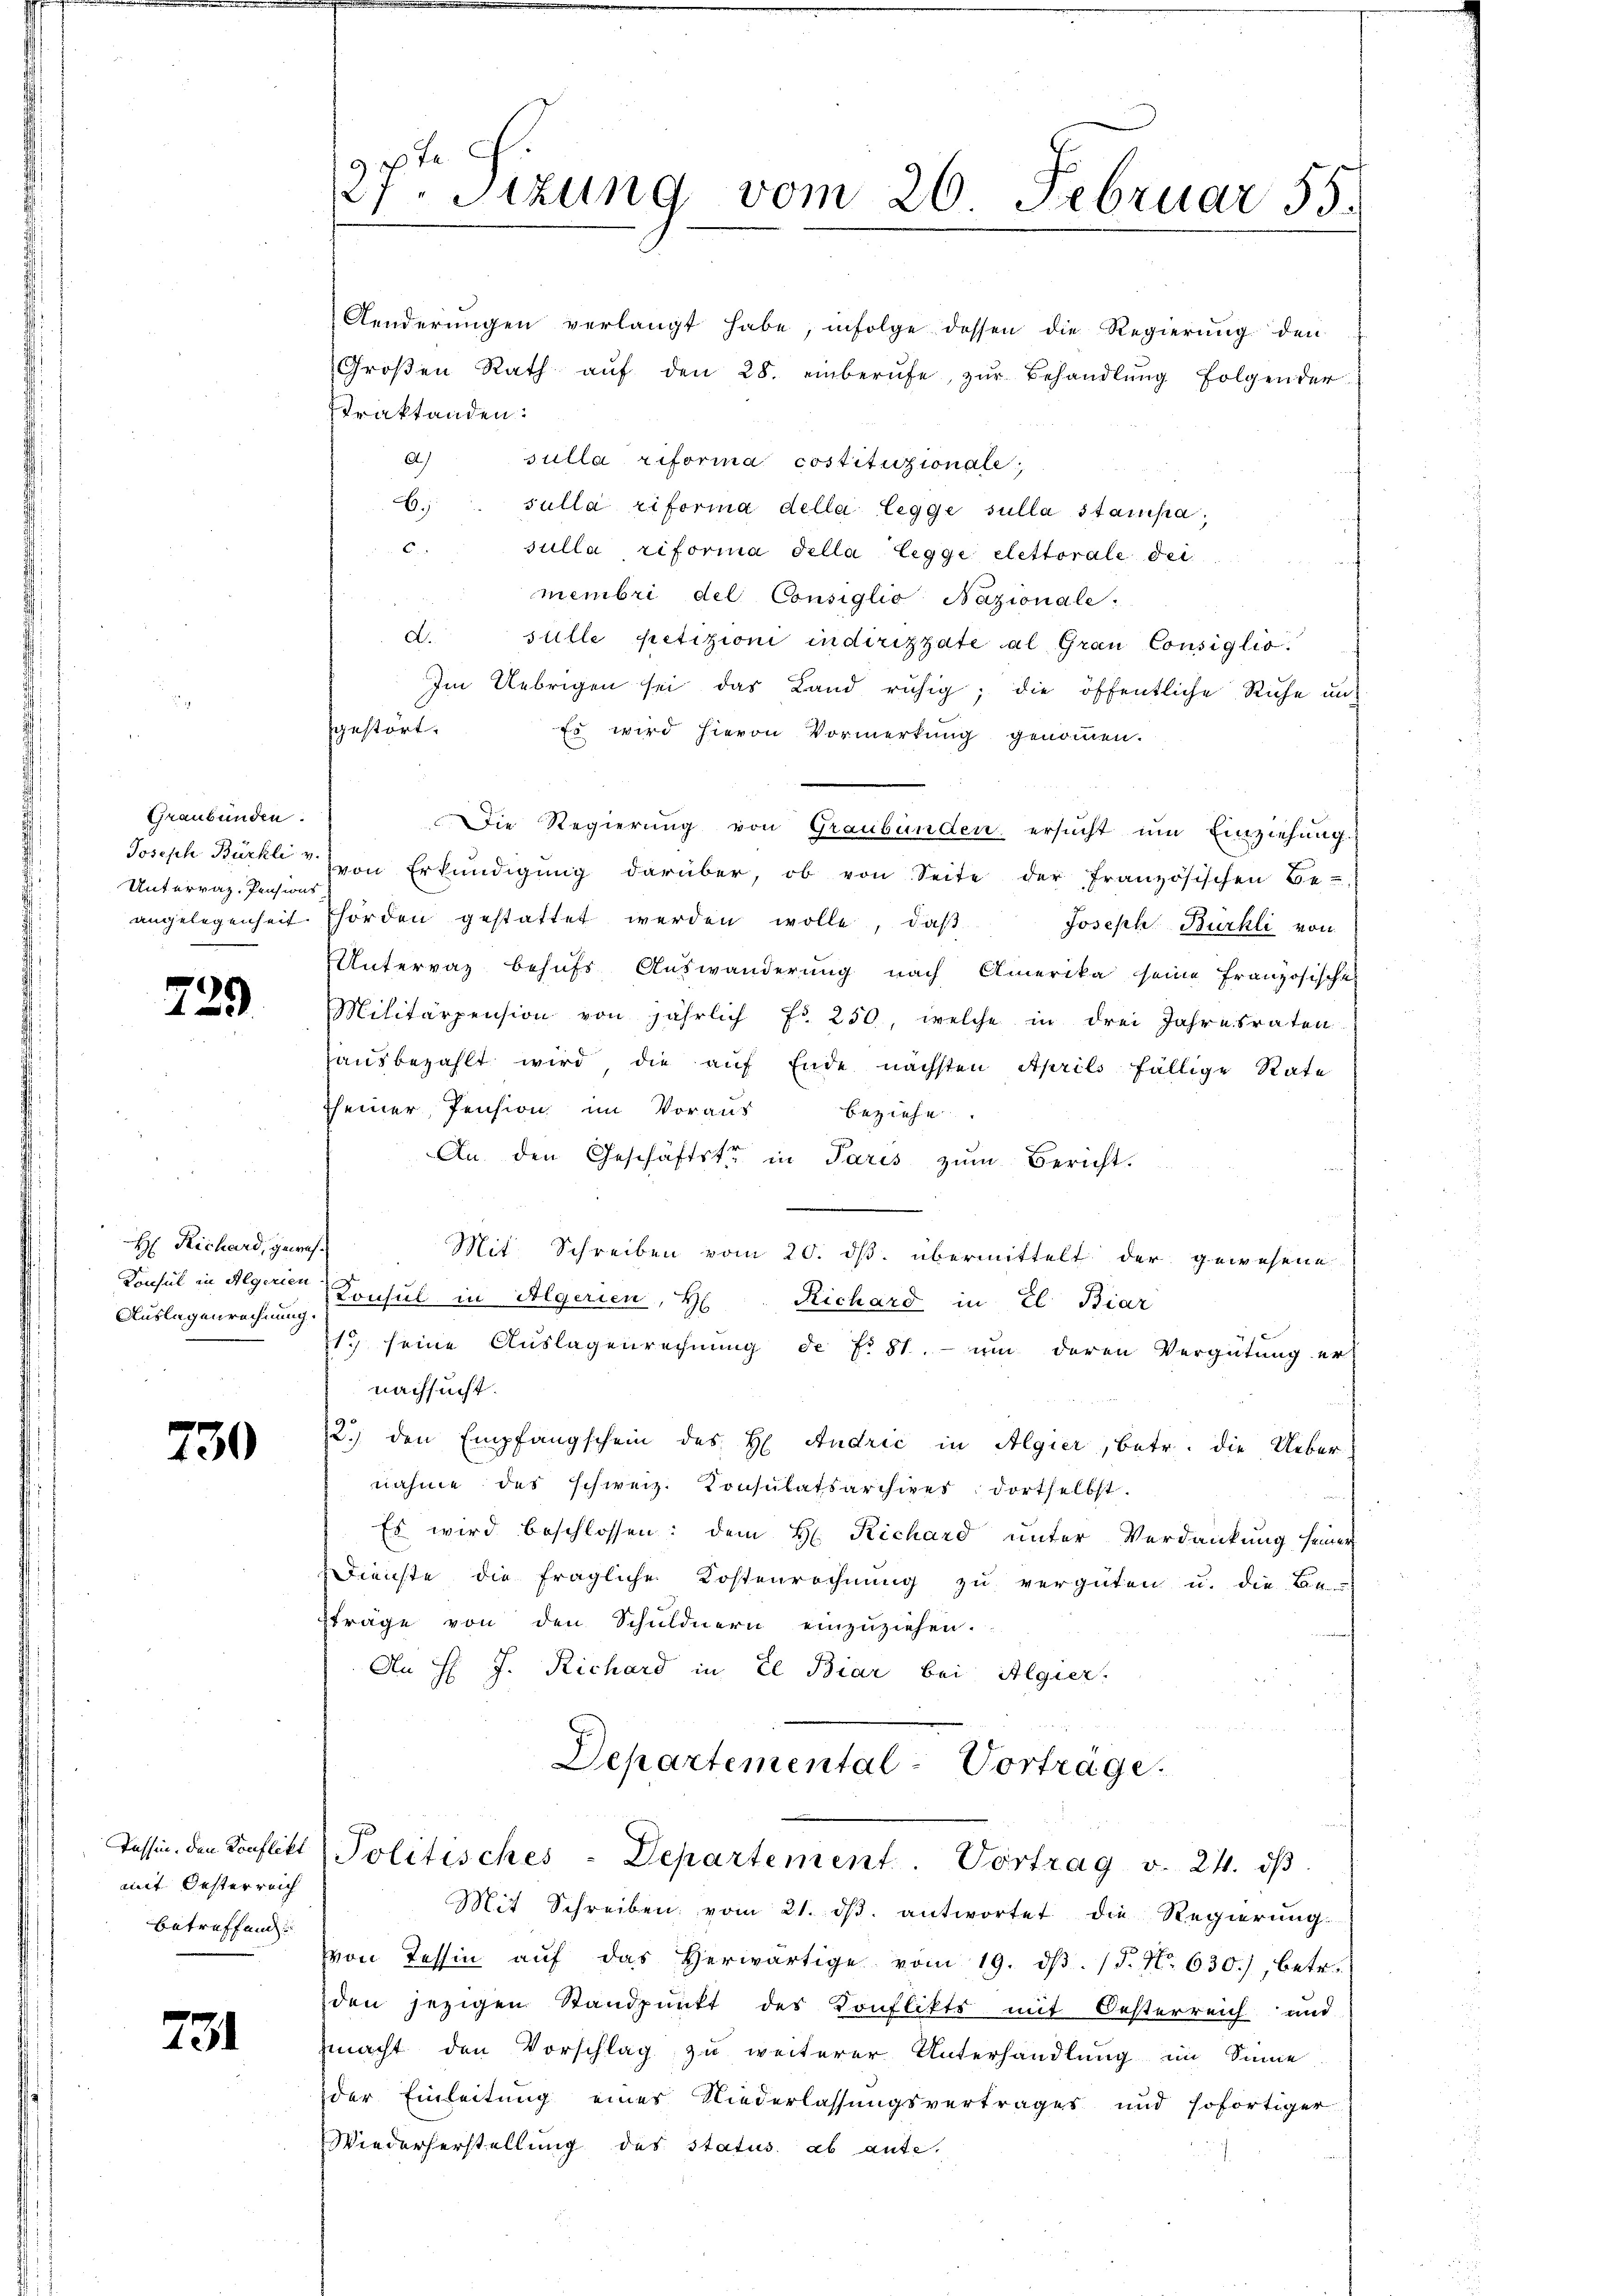
Graubünden.
Unterrat. Pensions
angelegenheit.

2

d

H. Richard, gewes
Konsul in Algerien
Auslegenrechnung.

730

mit Oesterreich
betreffend

731

Aenderŭngen verlangt habe, infolge dessen die Regierŭng den
Groβen Rath aŭf den 28. einberufe, zŭr Behandlŭng folgender
Traktanden.
A.)
sulla riforma costituzionale
6. sulla riforma della legge sulla stanisac sulla, riforma della leggi elettorale der
membri del Consiglio Nazionale.
d. sulle petizioni indirizzate al Grau Consiglio
Im Uebrigen sei das Land ruhig; die öffentliche Ruhe un
Es wird hievon Vormerkung genommen.
Die Regierung von Graubünden ersucht um Einziehung.
Joseph Bücke von Erkŭndigŭng darüber, ob von Seite der französischen Be-
hörden gestattet werden wolle, daβ Joseph Bürkli von
Unterrat behufs Auswanderung nach Amerika seine Französisches
Militärpension von jährlich Fr. 250, welche in drei Jahresraten
hausbezahlt wird die auf Ende nächsten Aprils fällige Rate
seiner Pension im Voraus beziehe.
An den Geschäftstr in Paris zŭm Bericht.
Mit Schreiben vom 20. ds. übermittelt der gewesene
Konsul in Algerien, H. Richard in El Biar
13 seine Auslagenrechnung de f. 81. - um deren Vergütung er-
nachsucht.
2.) den Empfangschein des H. Andrić in Algier, betr. die Uebernahme des schweiz. Konsulatsarchives dortselbst.
Es wird beschlossen: dem H. Richard unter Verdankung seiner
Dienste die fragliche Kostenrechnung zu vergüten u. die Be-
fträge von den Schuldnern einzuziehen.
An H: J. Richard in El Biar bei Algier.

27. Sitzung vom 26. Februar 55.

sgestört.

Departemental-Vorträge.
Tessin den Konflikt Politisches - Departement. Vortrag v. 24. dβ.

Mit Schreiben vom 21. dβ antwortet die Regierung
von Tessin aŭf das herwärtige vom 19. dβ. (T. No. 630.), betr.
den jezigen Standpunkt des Konflikts mit Oesterreich und
zmacht den Vorschlag zu weiterer Unterhandlung im Sinne
der Einleitung eines Niederlassungsvertrages und sofortiger
Wiederherstellung des status ab ante.